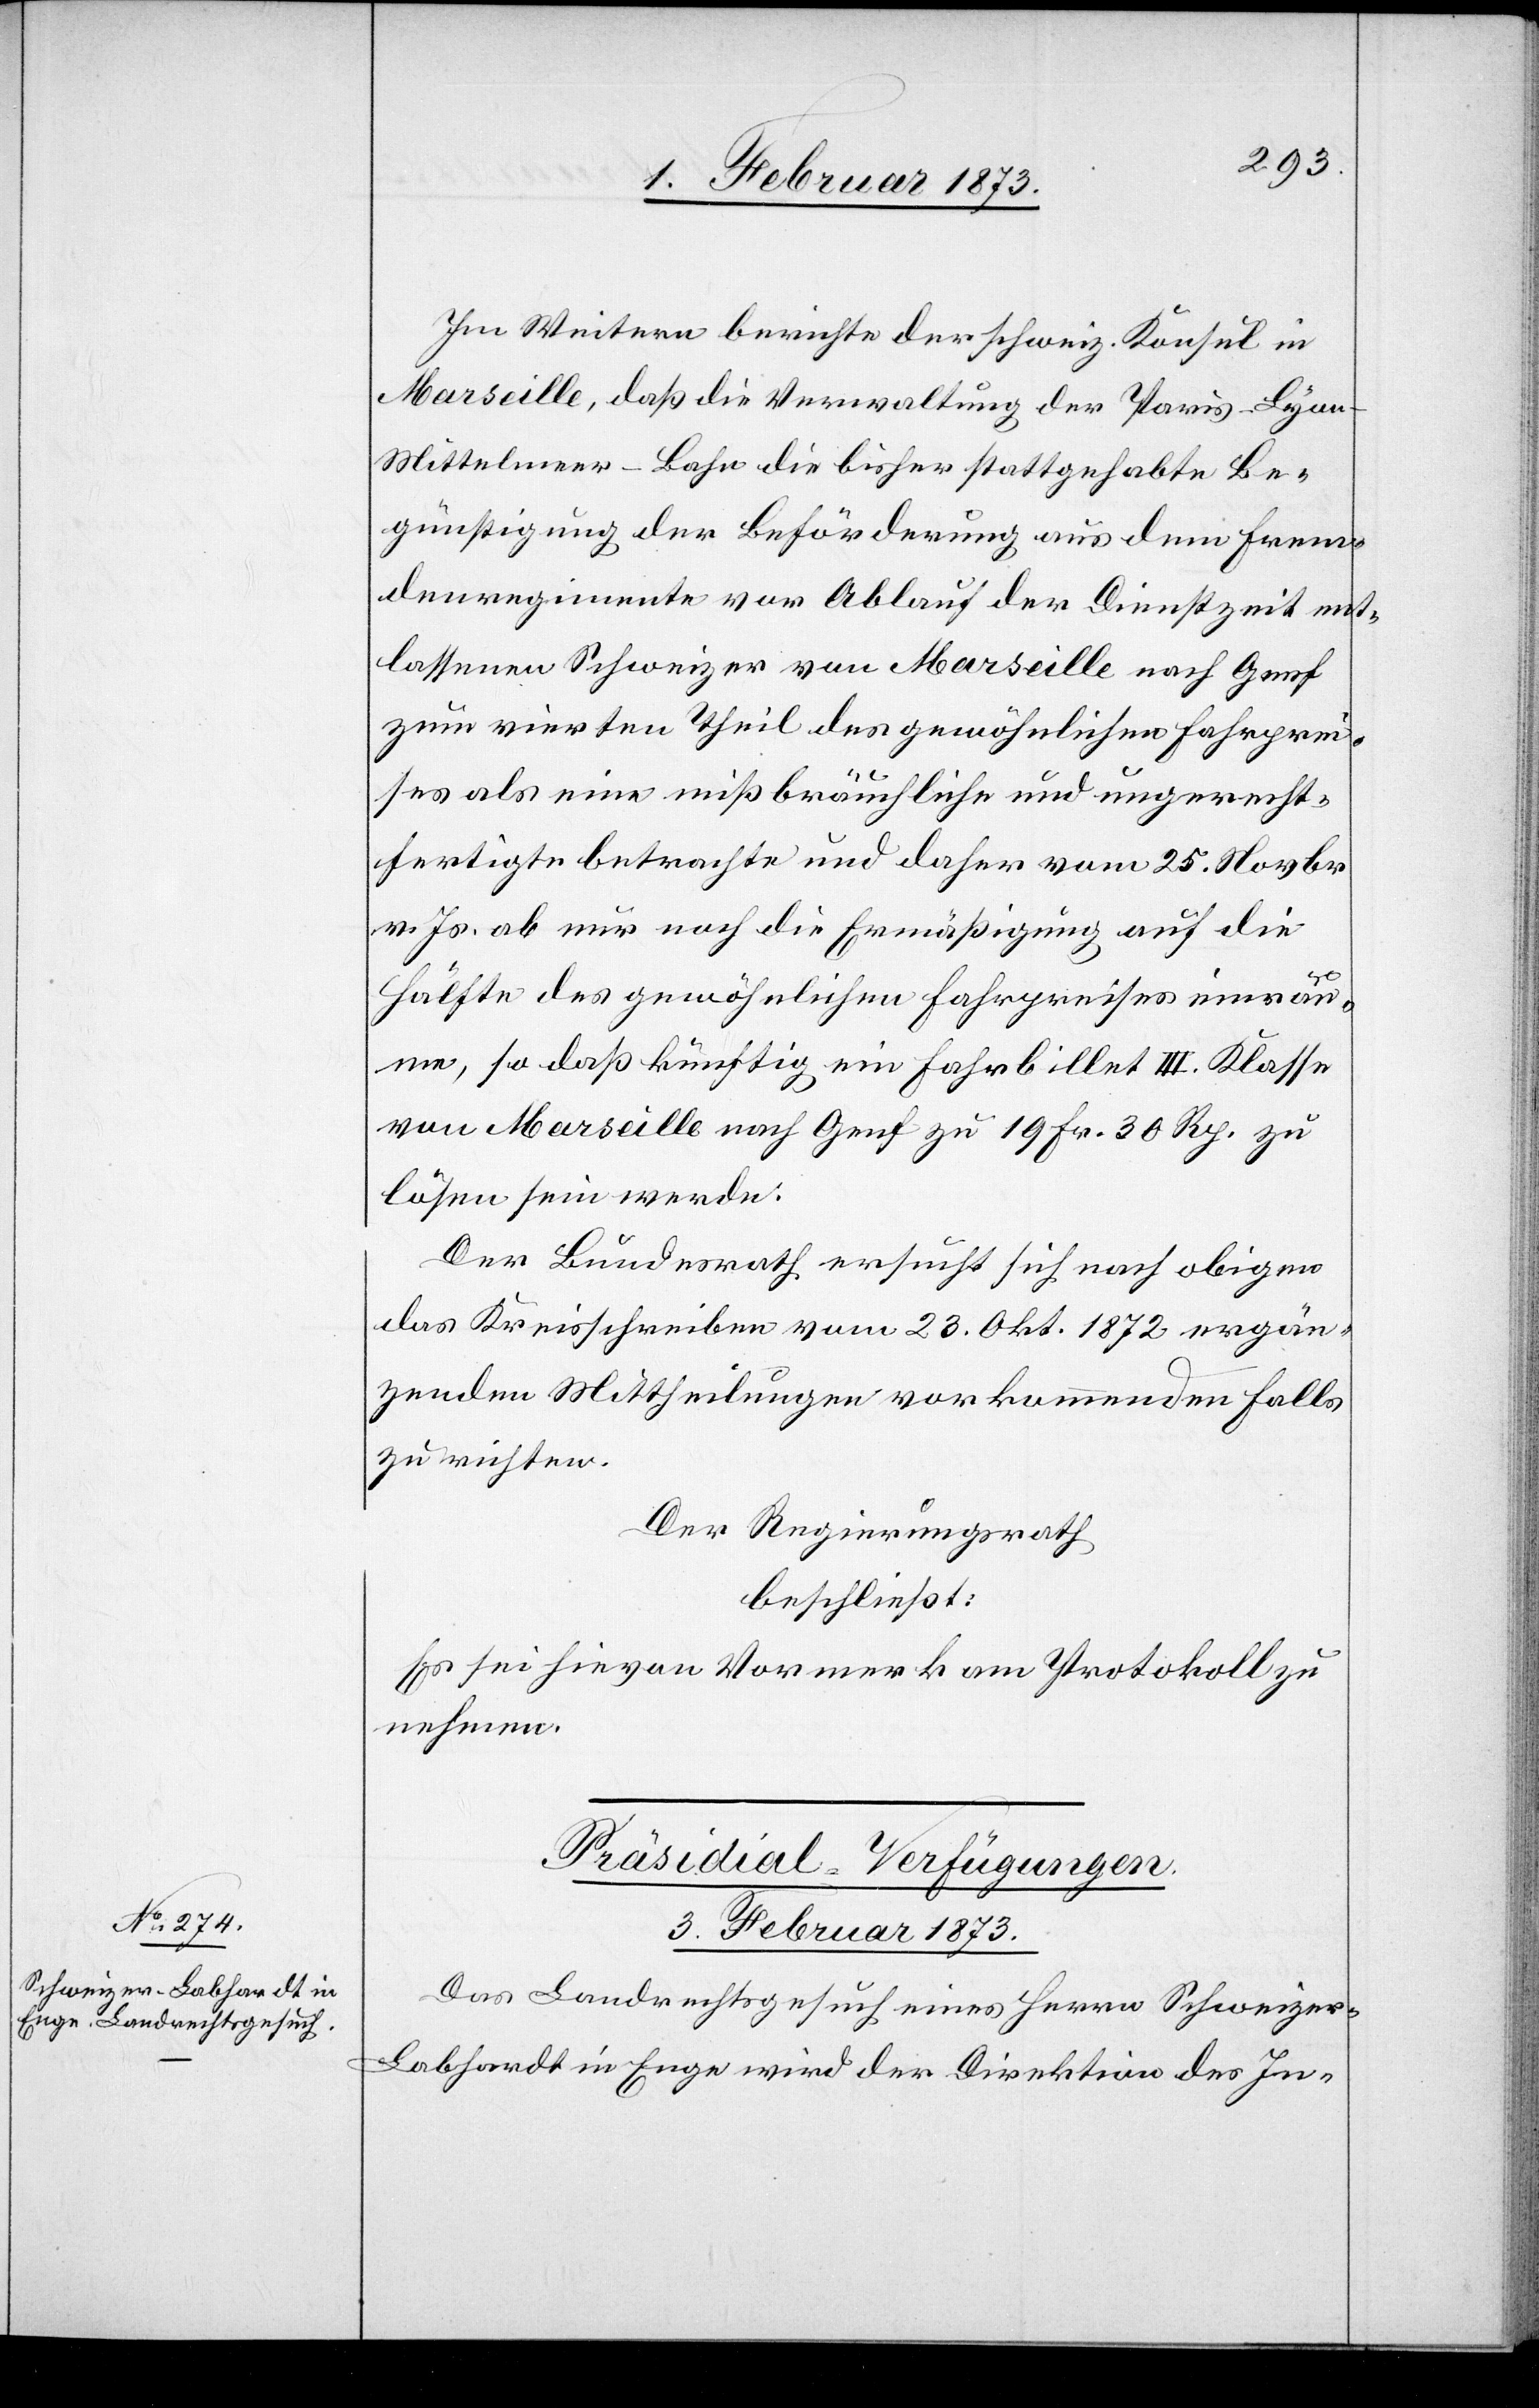
Im Weitern Berichte der schweiz. Konsul in
Marseille, daß die Verwaltung der Paris–Lyon–M¬
ittelmeer-Bahn die bisher stattgehabte Be¬
günstigung der Beförderung aus dem Frem¬
denregimente vor Ablauf der Dienstzeit ent¬
lassenen Schweizer von Marseille nach Genf
zum vierten Theil des gewöhnlichen Fahrprei¬
ses als eine mißbräuchliche und ungerecht¬
fertigte betrachte und daher vom 25. Novbr.
v. Js. ab nur noch die Ermäßigung auf die
Hälfte des gewöhnlichen Fahrpreises einräu¬
me, so daß künftig ein Fahrbillet III. Klasse
von Marseille nach Genf zu 19 Fr. 30 Rp. zu
lösen sein werde.
Der Bundesrath ersucht sich nach obigen
das Kreisschreiben vom 23. Okt. 1872 ergän¬
zenden Mittheilungen vorkommenden Falls
zu richten.
Präsidial-Verfügungen.
3. Februar 1873.
Das Landrechtsgesuch eines Herrn Schweize¬
r-Labhardt in Enge wird der Direktion des In-